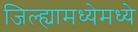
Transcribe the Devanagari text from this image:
जिल्ह्यामध्येमध्ये